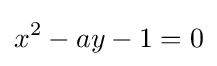
x^{2}-ay-1=0